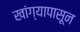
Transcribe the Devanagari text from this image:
खांग्यापासून